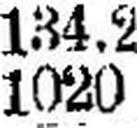
1020